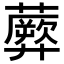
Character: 𧂱